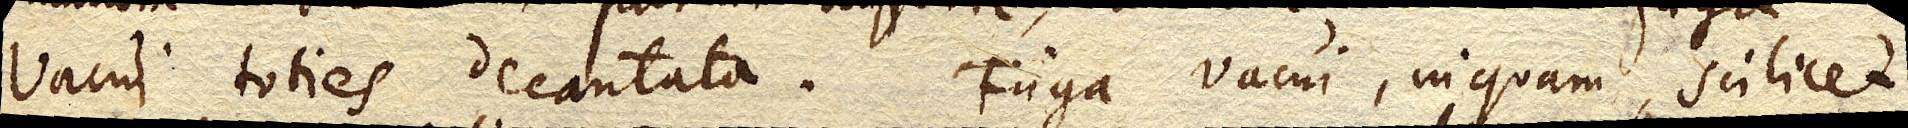
vacui toties decantata. Fuga vacui, inquam, scilicet